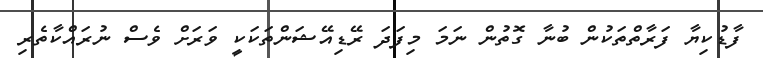
ފާޑުކިޔާ ފަރާތްތަކުން ބުނާ ގޮތުން ނަމަ މިފަދަ ރޭޑިއޭޝަންތަކަކީ ވަރަށް ވެސް ނުރައްކާތެރި